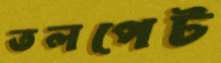
তলপেট